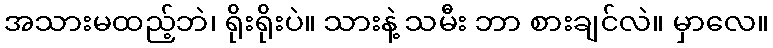
အသားမထည့်ဘဲ၊ ရိုးရိုးပဲ။ သားနဲ့ သမီး ဘာ စားချင်လဲ။ မှာလေ။